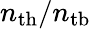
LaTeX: n_{\mathrm{th}}/n_{\mathrm{tb}}